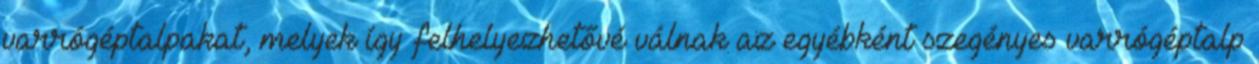
varrógéptalpakat, melyek így felhelyezhetővé válnak az egyébként szegényes varrógéptalp